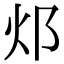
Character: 邩